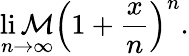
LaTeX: \operatorname*{li\mathcal{M}}_{n\to\infty}\left(1+{\frac{{x}}{{n}}}\right)^{n}.